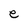
Character: e